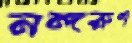
নন্দরুণ